Scottish Leaving Certificate Examination, 1956
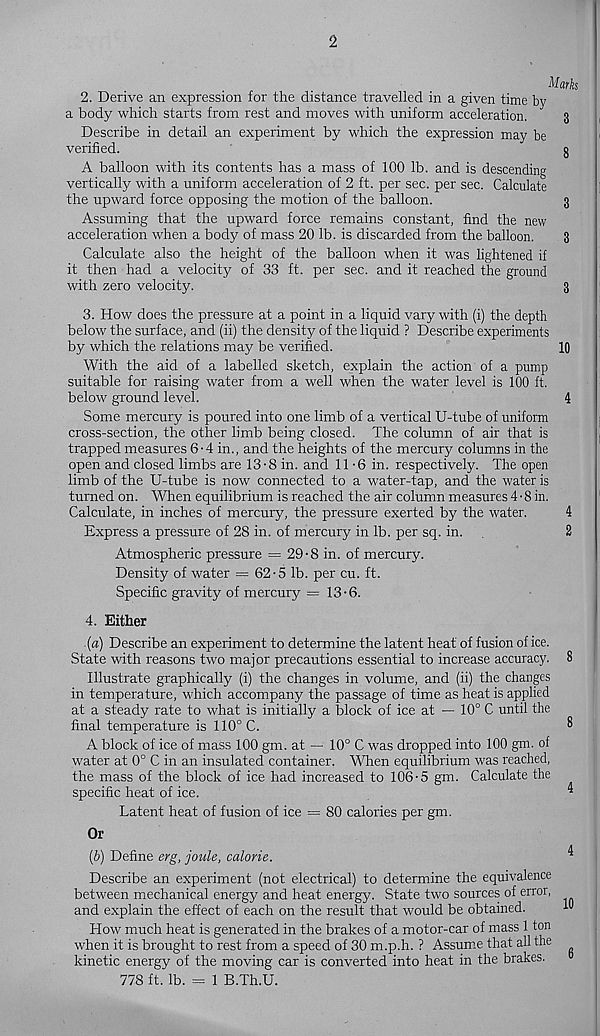
2. Derive an expression for the distance travelled in a given time by
a body which starts from rest and moves with uniform acceleration.
Describe in detail an experiment by which the expression may be
verified.
A balloon with its contents has a mass of 100 lb. and is descending
vertically with a uniform acceleration of 2 ft. per sec. per sec. Calculate
the upward force opposing the motion of the balloon.
Assuming that the upward force remains constant, find the new
acceleration when a body of mass 20 lb. is discarded from the balloon.
Calculate also the height of the balloon when it was lightened if
it then had a velocity of 33 ft. per sec. and it reached the ground
with zero velocity.
3. How does the pressure at a point in a liquid vary with (i) the depth
below the surface, and (ii) the density of the liquid ? Describe experiments
by which the relations may be verified.
With the aid of a labelled sketch, explain the action of a pump
suitable for raising water from a well when the water level is 100 ft.
below ground level.
Some mercury is poured into one limb of a vertical U-tube of uniform
cross-section, the other limb being closed. The column of air that is
trapped measures 6 • 4 in., and the heights of the mercury columns in the
open and closed limbs are 13-8 in. and 11-6 in. respectively. The open
limb of the U-tube is now connected to a water-tap, and the water is
turned on. When equilibrium is reached the air column measures 4 • 8 in.
Calculate, in inches of mercury, the pressure exerted by the water.
Express a pressure of 28 in. of mercury in lb. per sq. in.
Atmospheric pressure = 29-8 in. of mercury.
Density of water = 62-5 lb. per cu. ft.
Specific gravity of mercury = 13-6.
4. Either
(a) Describe an experiment to determine the latent heat of fusion of ice.
State with reasons two major precautions essential to increase accuracy.
Illustrate graphically (i) the changes in volume, and (ii) the changes
in temperature, which accompany the passage of time as heat is applied
at a steady rate to what is initially a block of ice at — 10° C until the
final temperature is 110° C.
A block of ice of mass 100 gm. at — 10° C was dropped into 100 gm. of
water at 0° C in an insulated container. When equilibrium was reached,
the mass of the block of ice had increased to 106-5 gm. Calculate the
specific heat of ice.
Latent heat of fusion of ice = 80 calories per gm.
Or
(b) Define erg, joule, calorie.
Describe an experiment (not electrical) to determine the equivalence
between mechanical energy and heat energy. State two sources of error,
and explain the effect of each on the result that would be obtained.
How much heat is generated in the brakes of a motor-car of mass 1 ton
when it is brought to rest from a speed of 30 m.p.h. ? Assume that all the
kinetic energy of the moving car is converted into heat in the brakes.
778 ft. lb. = 1 B.Th.U.